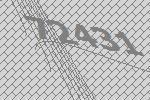
72431